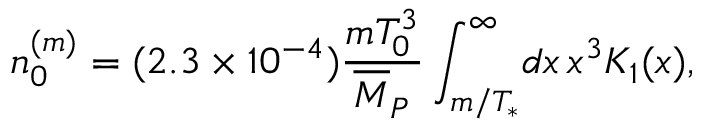
n _ { 0 } ^ { ( m ) } = ( 2 . 3 \times 1 0 ^ { - 4 } ) \frac { m T _ { 0 } ^ { 3 } } { \overline { { { M } } } _ { P } } \int _ { m / T _ { * } } ^ { \infty } \! d x \, x ^ { 3 } { \cal K } _ { 1 } ( x ) ,